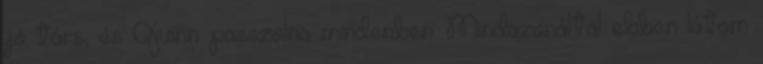
jó társ, és Quinn passzolna mindenben. Mindazonáltal ebben látom